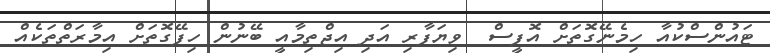
ޓައުންސްކުއާ ހިމެނޭގޮތަށް އޮފީސް  ވިޔަފާރި އަދި އިޖްތިމާއީ ބޭނުން ހިފޭގޮތަށް އިމާރަތްތަކެއް